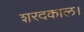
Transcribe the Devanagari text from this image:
शरदकाल।